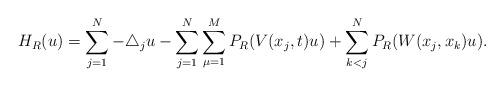
LaTeX: \begin{align*}H_R(u)=\sum_{j=1}^N-\triangle_j u-\sum_{j=1}^N\sum_{\mu=1}^MP_R(V(x_j,t)u)+\sum_{k<j}^N P_R(W(x_j,x_k)u).\end{align*}